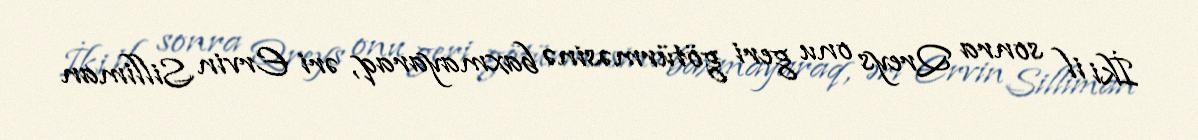
İki il sonra Qreys onu geri götürməsinə baxmayaraq, əri Ervin Silliman